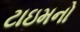
ટાઇમનો